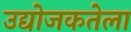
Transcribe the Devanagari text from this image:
उद्योजकतेला